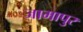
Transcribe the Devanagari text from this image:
जामापुर